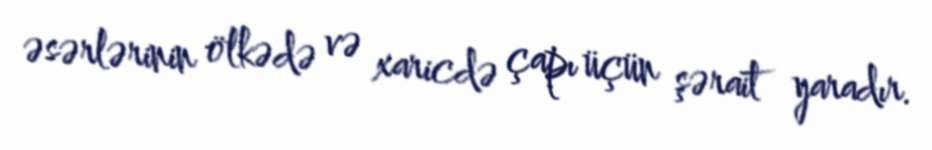
əsərlərinin ölkədə və xaricdə çapı üçün şərait yaradır.